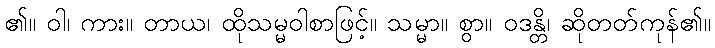
၏။ ဝါ၊ ကား။ တာယ၊ ထိုသမ္မဝါစာဖြင့်။ သမ္မာ။ စွာ။ ဝဒန္တိ၊ ဆိုတတ်ကုန်၏။